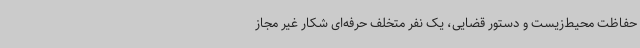
حفاظت محیط‌زیست و دستور قضایی، یک نفر متخلف حرفه‌ای شکار غیر مجاز